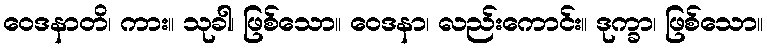
ဝေဒနာတိ၊ ကား။ သုခါ၊ ဖြစ်သော။ ဝေဒနာ၊ လည်းကောင်း။ ဒုက္ခာ၊ ဖြစ်သော။